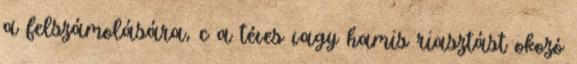
a felszámolására, c a téves vagy hamis riasztást okozó